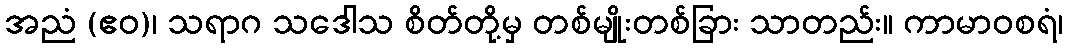
အညံ (ဧဝ)၊ သရာဂ သဒေါသ စိတ်တို့မှ တစ်မျိုးတစ်ခြား သာတည်း။ ကာမာဝစရံ၊